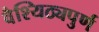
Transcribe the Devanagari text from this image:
वैश्यिठ्यपुर्ण